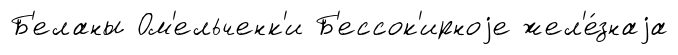
Б'еланы Ом'ельченк'и Б'ессок'ирноjе жел'е́знаjа